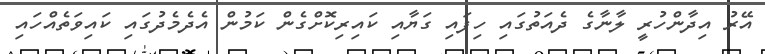
އޭރު އިދާންހުރީ ލާނާގެ ދެއަތުގައި ހިފައި ގަޔާއި ކައިރިކޮށްގެން ކަމުން އެދެމެދުގައި ކައިވަތެއްހައި